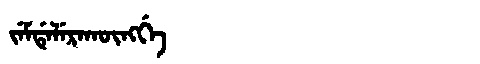
Manchu: ᠵᡝᠮᡩᡝᠯᡝᡵᠠᡴᡡᠩᡤᡝ
Romanization: JEMDELERAKŪNGGE